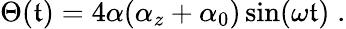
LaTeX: \Theta(\mathfrak{t})=4\alpha(\alpha_{z}+\alpha_{0})\sin(\omega\mathfrak{t})\; .